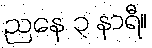
ညနေ ၃ နာရီ။